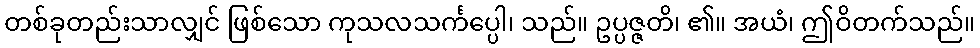
တစ်ခုတည်းသာလျှင် ဖြစ်သော ကုသလသင်္ကပ္ပေါ၊ သည်။ ဥပ္ပဇ္ဇတိ၊ ၏။ အယံ၊ ဤဝိတက်သည်။